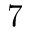
7